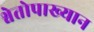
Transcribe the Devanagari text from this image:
श्वेतोपाख्यान